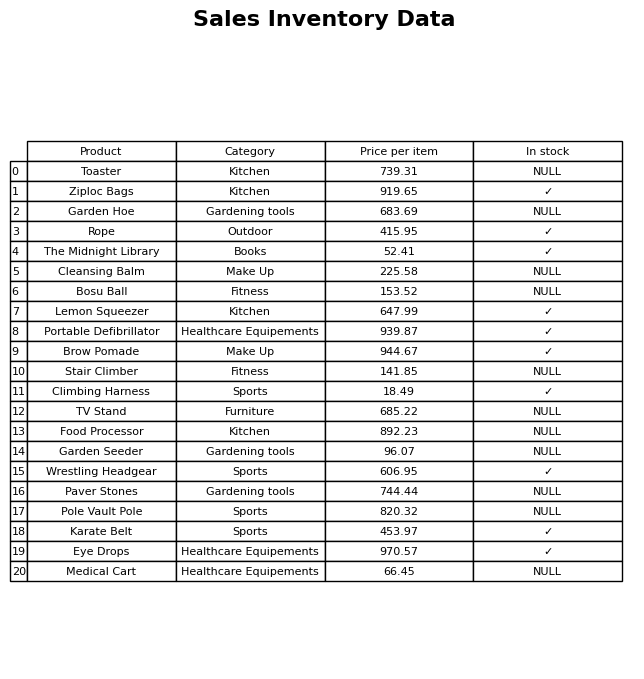
question: What is the price for Eye Drops?
answer: The price of Eye Drops is 970.57.